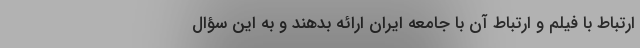
ارتباط با فیلم و ارتباط آن با جامعه ایران ارائه بدهند و به این سؤال